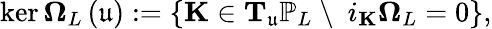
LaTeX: \ker\mathbf{\Omega}_{L}\left(\mathfrak{u}\right):=\left\{ \mathbf{K}\in\mathbf{T}_{\mathfrak{u}}\mathbb{P}_{L}\ \backslash\ \ i_{\mathbf{K}}\mathbf{\Omega}_{L}=0\right\} ,